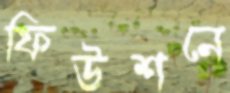
ফিউশনে